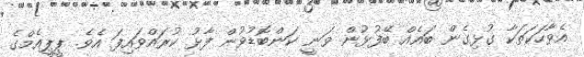
އެވާހަކަތަކާ ގުޅިގެން ބައެއް ބޭފުޅުން ވަނީ ކަންބޮޑުވުން ފާޅު ކުރައްވައިފަ އެވެ. ޕީޕީއެމްގެ